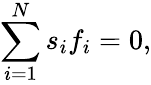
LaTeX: \sum_{i=1}^{N}s_{i}f_{i}=0,